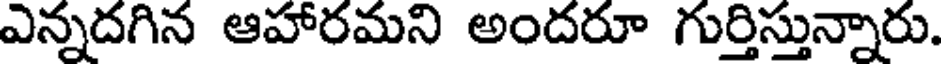
ఎన్నదగిన ఆహారమని అందరూ గుర్తిస్తున్నారు.